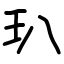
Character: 玐